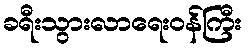
ခရီးသွားလာရေးဝန်ကြီး